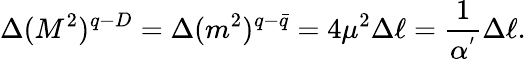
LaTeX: \Delta(M^{2})^{q-D}=\Delta(m^{2})^{q-\bar{q}}=4\mu^{2}\Delta\ell=\frac{1}{\alpha^{'}}\Delta\ell.